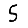
Digit: 5